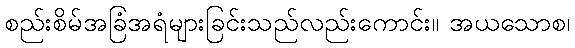
စည်းစိမ်အခြံအရံများခြင်းသည်လည်းကောင်း။ အယသောစ၊